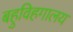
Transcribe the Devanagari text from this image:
बहुविहगालय